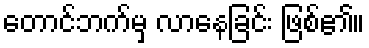
တောင်ဘက်မှ လာနေခြင်း ဖြစ်၏။